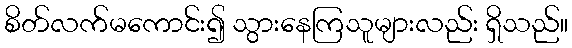
စိတ်လက်မကောင်း၍ သွားနေကြသူများလည်း ရှိသည်။